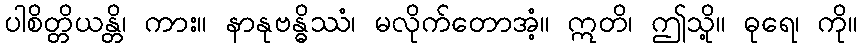
ပါစိတ္တိယန္တိ၊ ကား။ နာနုဗန္ဓိဿံ၊ မလိုက်တောအံ့။ ဣတိ၊ ဤသို့။ ဓုရေ၊ ကို။